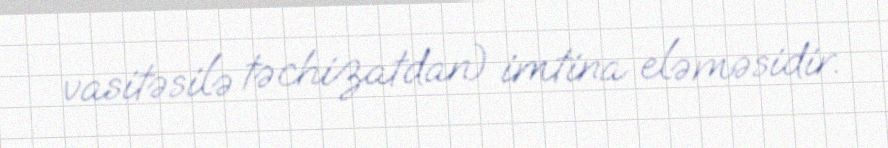
vasitəsilə təchizatdan) imtina eləməsidir.